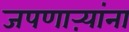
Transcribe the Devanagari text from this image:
जपणाऱ्यांना